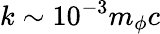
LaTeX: k\sim 10^{-3}m_{\phi}c